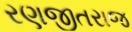
રણજીતરાજ